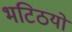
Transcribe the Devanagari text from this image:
भटिठयों